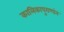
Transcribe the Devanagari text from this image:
कालिकापुराणांन